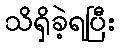
သိရှိခဲ့ရပြီး